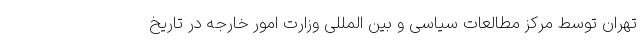
تهران توسط مرکز مطالعات سیاسی و بین المللی وزارت امور خارجه در تاریخ